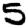
Digit: 5